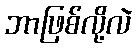
ဘာဖြစ်လို့လဲ